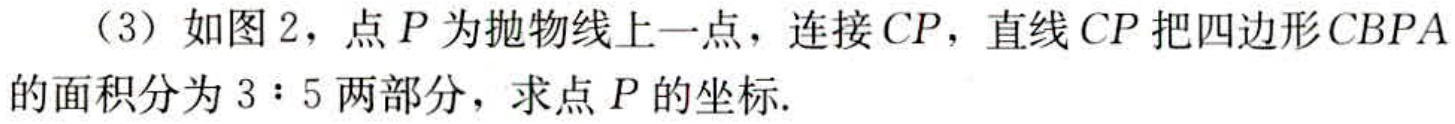
（3）如图2，点\(P\)为抛物线上一点，连接\(CP\)，直线\(CP\)把四边形\(CBPA\)的面积分为\(3:5\)两部分，求点\(P\)的坐标.